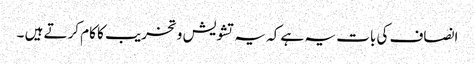
انصاف کی بات یہ ہے کہ یہ تشویش و تخریب کا کام کرتے ہیں ۔